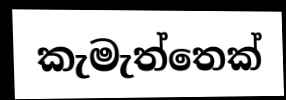
කැමැත්තෙක්